Indian journal of veterinary science and animal husbandry - Volumes 18-21, 1948-1951
Year: 1948
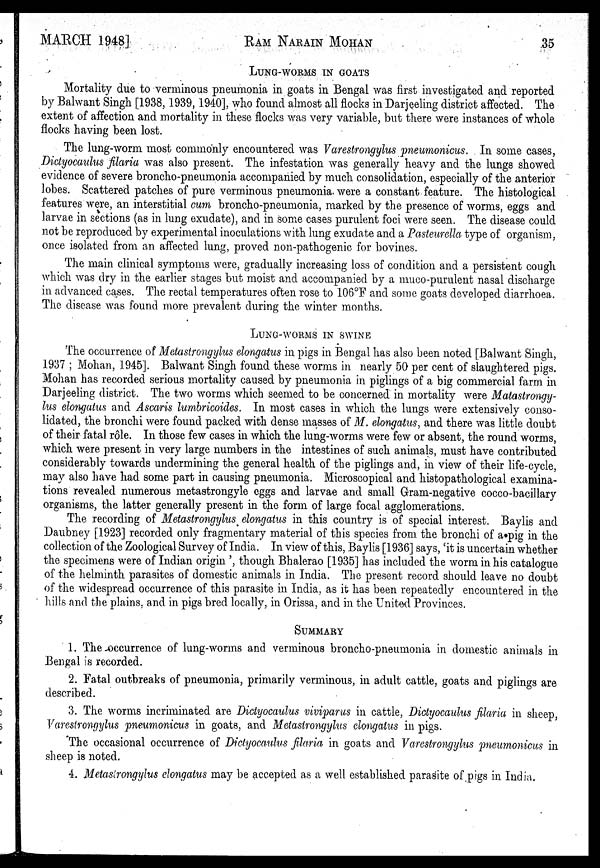
MARCH
1948]
RAM
NARAIN
MOHAN
35
LUNG-WORMS IN GOATS
Mortality due to verminous pneumonia in goats in Bengal was first investigated and reported
by Balwant Singh [1938, 1939, 1940], who found almost all flocks in Darjeeling district affected. The
extent of affection and mortality in these flocks was very variable, but there were instances of whole
flocks having been lost.
The lung-worm most commonly encountered was Varestrongylus pneumonicus. In some cases,
Dictyocaulus filaria was also present. The infestation was generally heavy and the lungs showed
evidence of severe broncho-pneumonia accompanied by much consolidation, especially of the anterior
lobes. Scattered patches of pure verminous pneumonia were a constant feature. The histological
features were, an interstitial cum broncho-pneumonia, marked by the presence of worms, eggs and
larvae in sections (as in lung exudate), and in some cases purulent foci were seen. The disease could
not be reproduced by experimental inoculations with lung exudate and a Pasteurella type of organism,
once isolated from an affected lung, proved non-pathogenic for bovines.
The main clinical symptoms were, gradually increasing loss of condition and a persistent cough
which was dry in the earlier stages but moist and accompanied by a muco-purulent nasal discharge
in advanced cases. The rectal temperatures often rose to 106°F and some goats developed diarrhoea.
The disease was found more prevalent during the winter months.
LUNG-WORMS IN SWINE
The occurrence of Metastrongylus elongatus in pigs in Bengal has also been noted [Balwant Singh,
1937 ; Mohan, 1945]. Balwant Singh found these worms in nearly 50 per cent of slaughtered pigs.
Mohan has recorded serious mortality caused by pneumonia in piglings of a big commercial farm in
Darjeeling district. The two worms which seemed to be concerned in mortality were Matastrongy-
lus elongatus and Ascaris lumbricoides. In most cases in which the lungs were extensively conso-
lidated, the bronchi were found packed with dense masses of M. elongatus, and there was little doubt
of their fatal rôle. In those few cases in which the lung-worms were few or absent, the round worms,
which were present in very large numbers in the intestines of such animals, must have contributed
considerably towards undermining the general health of the piglings and, in view of their life-cycle,
may also have had some part in causing pneumonia. Microscopical and histopathological examina-
tions revealed numerous metastrongyle eggs and larvae and small Gram-negative cocco-bacillary
organisms, the latter generally present in the form of large focal agglomerations.
The recording of Metastrongylus elongatus in this country is of special interest. Baylis and
Daubney [1923] recorded only fragmentary material of this species from the bronchi of a pig in the
collection of the Zoological Survey of India. In view of this, Baylis [1936] says, 'it is uncertain whether
the specimens were of Indian origin ', though Bhalerao [1935] has included the worm in his catalogue
of the helminth parasites of domestic animals in India. The present record should leave no doubt
of the widespread occurrence of this parasite in India, as it has been repeatedly encountered in the
hills and the plains, and in pigs bred locally, in Orissa, and in the United Provinces.
SUMMARY
1. The occurrence of lung-worms and verminous broncho-pneumonia in domestic animals in
Bengal is recorded.
2. Fatal outbreaks of pneumonia, primarily verminous, in adult cattle, goats and piglings are
described.
3. The worms incriminated are Dictyocaulus viviparus in cattle, Dictyocaulus filaria in sheep,
Varestrongylus pneumonicus in goats, and Metastrongylus elongatus in pigs.
The occasional occurrence of Dictyocaulus filaria in goats and Varestrongylus pneumonicus in
sheep is noted.
4. Metastrongylus elongatus may be accepted as a well established parasite of pigs in India.